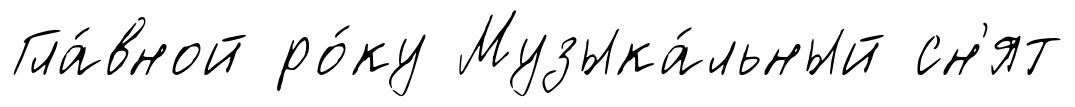
Гла́вной ро́ку Музыка́льный сн'ят